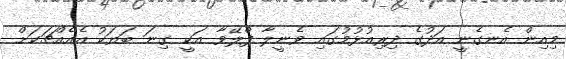
މިއިން އެނގެނީ އަދުގެ ދިރިއުޅުމުގައި ވެނީލާ ފްލޭވާ އަކީ ގިނަ ބަޔަކު އެއެއްޗަކަށް